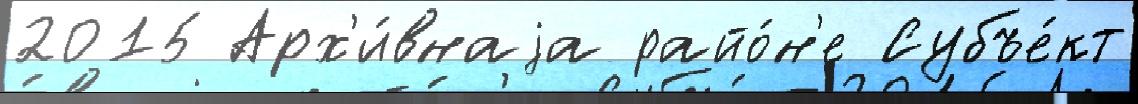
2015 Арх'и́внаjа райо́н'е Субъе́кт